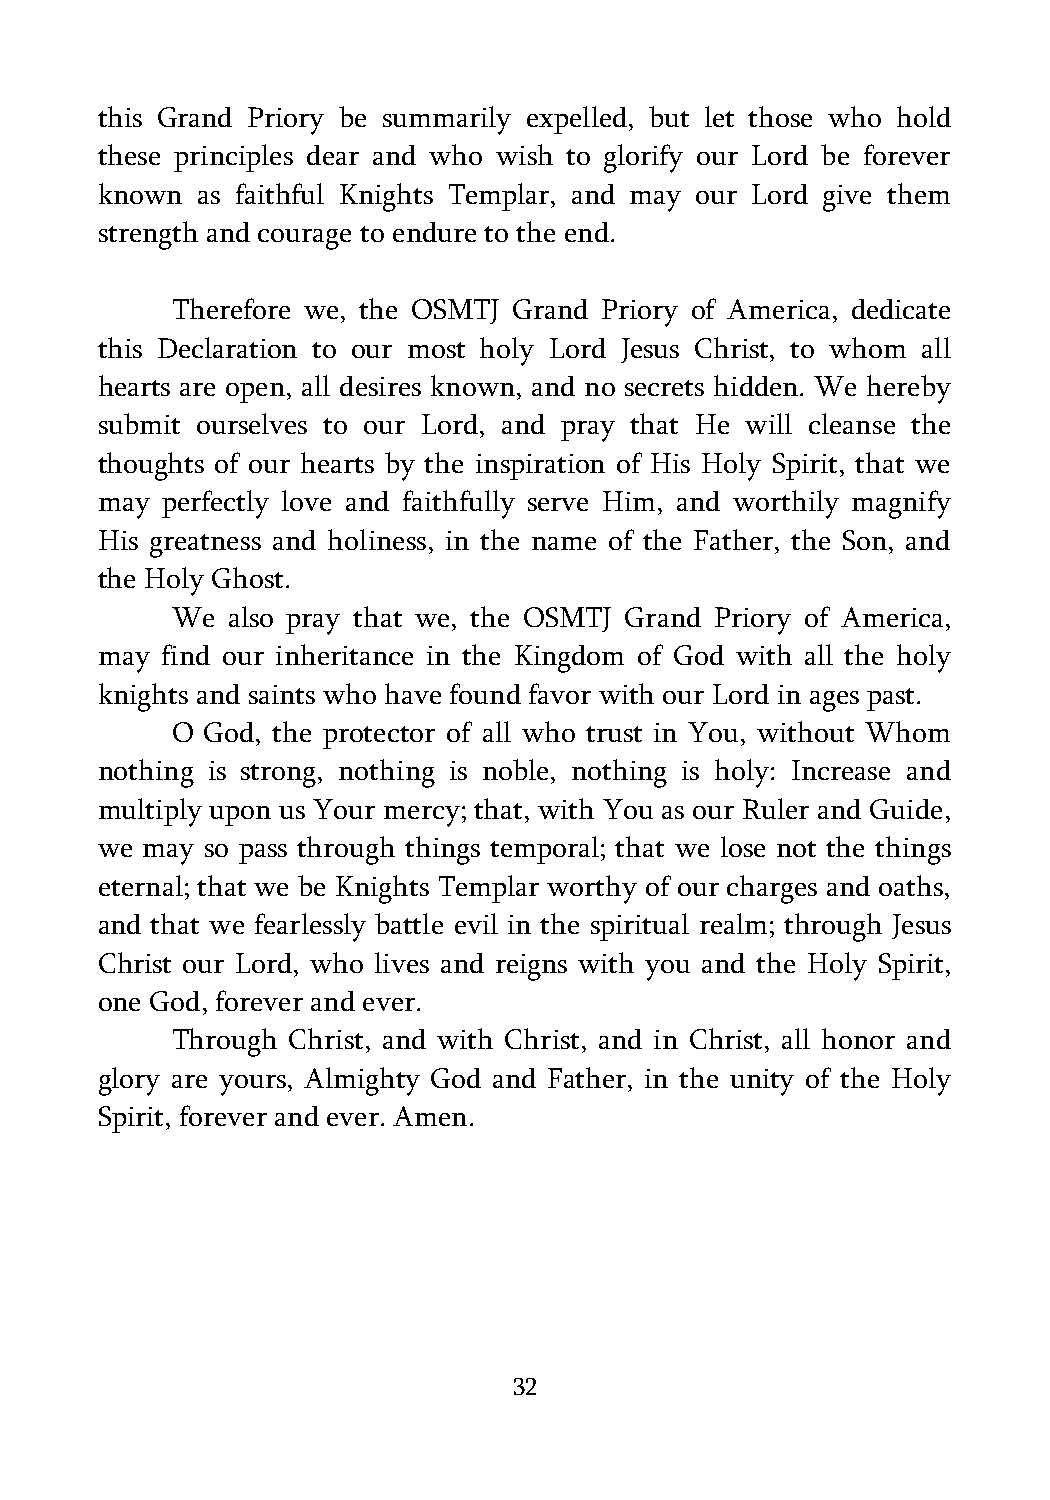
this Grand Priory be summarily expelled, but let those who hold
 these principles dear and who wish to glorify our Lord be forever
 known  as faithful Knights Templar, and may our Lord give them
 strength and courage to endure to the end.
 Therefore we, the OSMTJ Grand Priory of America, dedicate
 this Declaration to our most holy Lord Jesus Christ, to whom all
 hearts are open, all desires known, and no secrets hidden. We hereby
 submit ourselves to our Lord, and pray that He will cleanse the
 thoughts of our hearts by the inspiration of His Holy Spirit, that we
 may  perfectly love and faithfully serve Him, and worthily magnify
 His greatness and holiness, in the name of the Father, the Son, and
 the Holy Ghost.
 We  also pray that we, the OSMTJ Grand Priory of America,
 may  find our inheritance in the Kingdom of God with all the holy
 knights and saints who have found favor with our Lord in ages past.
 O  God, the protector of all who trust in You, without Whom
 nothing is strong, nothing is noble, nothing is holy: Increase and
 multiply upon us Your mercy; that, with You as our Ruler and Guide,
 we may  so pass through things temporal; that we lose not the things
 eternal; that we be Knights Templar worthy of our charges and oaths,
 and that we fearlessly battle evil in the spiritual realm; through Jesus
 Christ our Lord, who lives and reigns with you and the Holy Spirit,
 one God, forever and ever.
 Through Christ, and with Christ, and in Christ, all honor and
 glory are yours, Almighty God and Father, in the unity of the Holy
 Spirit, forever and ever. Amen.
 32